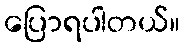
ပြောရပါတယ်။